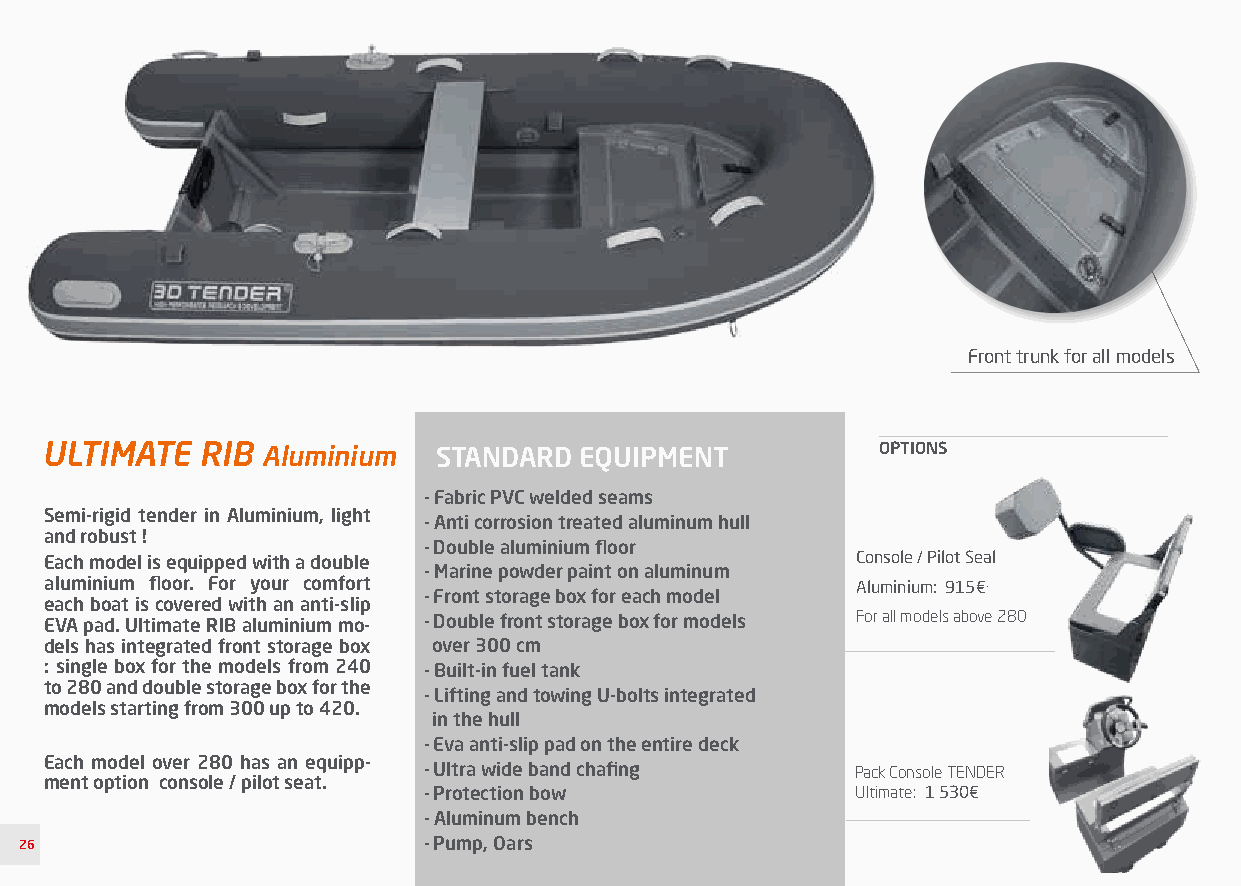
Front trunk for all models
 ULTIMATE  RIB Aluminium   STANDARD EQUIPMENT           OPTIONS
 - Fabric PVC welded seams
 Semi-rigid tender in Aluminium, light
 - Anti corrosion treated aluminum hull
 and robust !
 - Double aluminium floor
 Each model is equipped with a double                  Console / Pilot Seal
 - Marine powder paint on aluminum
 aluminium floor. For your comfort                     Aluminium: 915€.
 - Front storage box for each model
 each boat is covered with an anti-slip
 EVA pad. Ultimate RIB aluminium mo- - Double front storage box for models For all models above 280
 dels has integrated front storage box over 300 cm
 : single box for the models from 240 - Built-in fuel tank
 to 280 and double storage box for the
 - Lifting and towing U-bolts integrated
 models starting from 300 up to 420.
 in the hull
 - Eva anti-slip pad on the entire deck
 Each model over 280 has an equipp-
 - Ultra wide band chafing    Pack Console TENDER
 ment option console / pilot seat.
 - Protection bow             Ultimate: 1 530€
 - Aluminum bench
 26                         - Pump, Oars